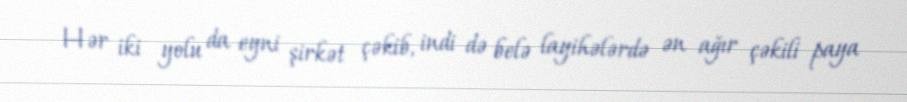
Hər iki yolu da eyni şirkət çəkib, indi də belə layihələrdə ən ağır çəkili paya